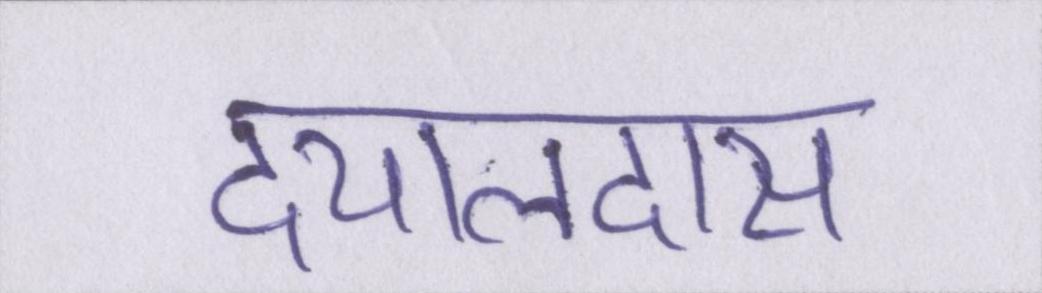
दयालदास